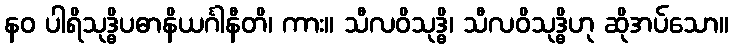
နဝ ပါရိသုဒ္ဓိပဓာနိယင်္ဂါနီတိ၊ ကား။ သီလဝိသုဒ္ဓိ၊ သီလဝိသုဒ္ဓိဟု ဆိုအပ်သော။